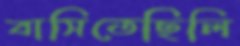
বাসিতেছিলি